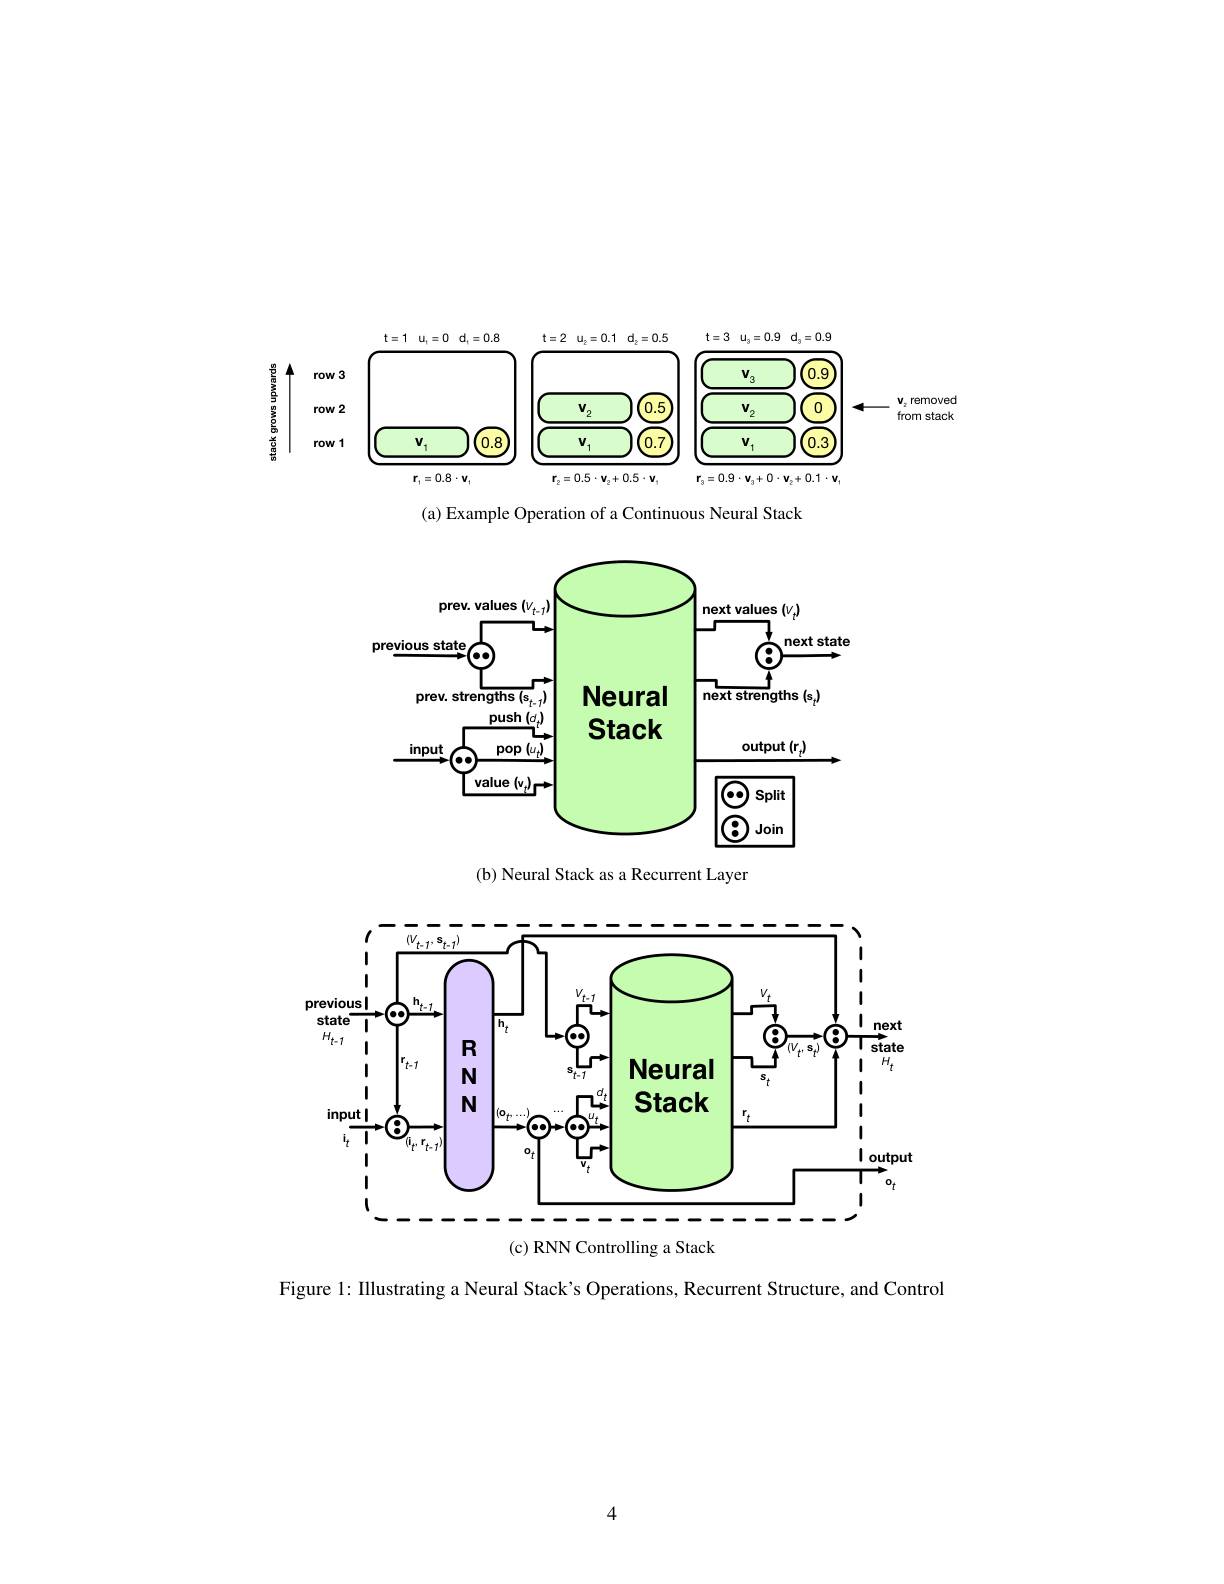
<FigureHere>

(a) Example Operation of a Continuous Neural Stack

<FigureHere>

(b) Neural Stack as a Recurrent Layer

<FigureHere>

(c) RNN Controlling a Stack

Figure l: Illustrating a Neural Stack's Operations, Recurrent Structure, and Control

4